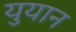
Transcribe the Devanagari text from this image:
युयान